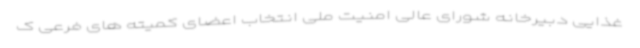
غذایی دبیرخانه شورای عالی امنیت ملی انتخاب اعضای کمیته های فرعی ک